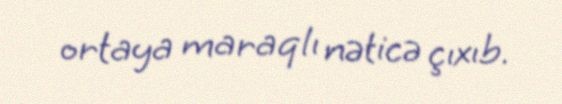
ortaya maraqlı nəticə çıxıb.